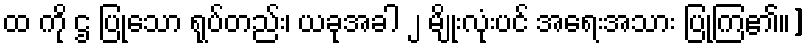
ထ ကို ဌ ပြုသော ရုပ်တည်း၊ ယခုအခါ ၂ မျိုးလုံးပင် အရေးအသား ပြုကြ၏။]